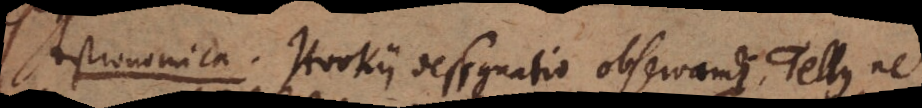
Astronomica. Hookii designatio observandi, Tellus ne